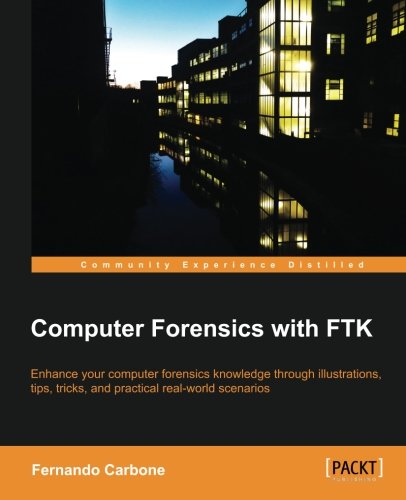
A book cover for Computer Forensics with FTK; Fernando Carbone; Computers & Technology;